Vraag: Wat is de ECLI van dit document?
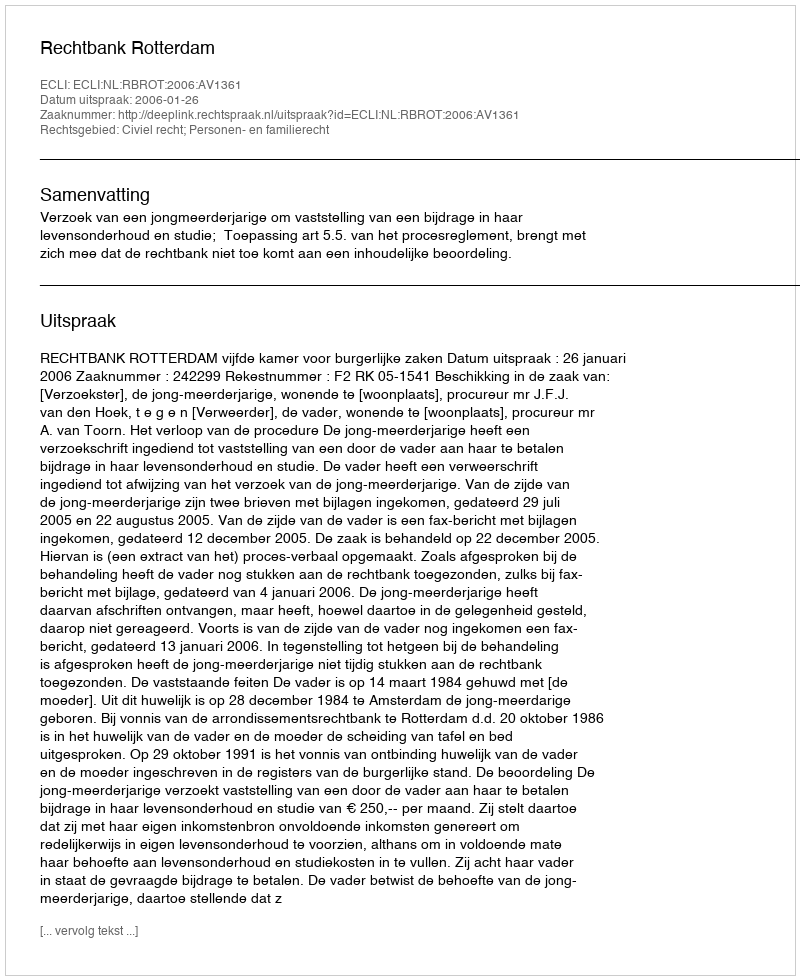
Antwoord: ECLI:NL:RBROT:2006:AV1361